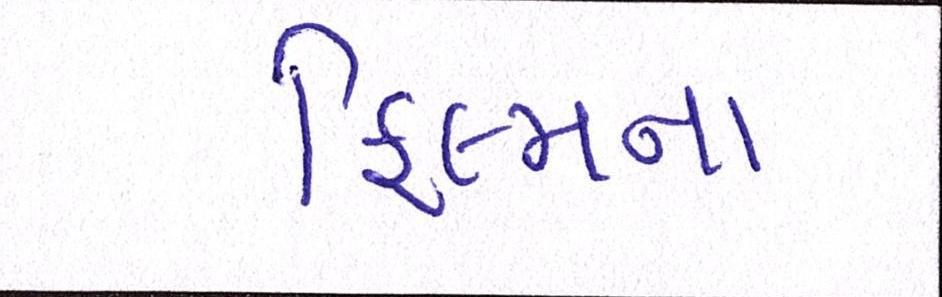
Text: ફિલ્મના